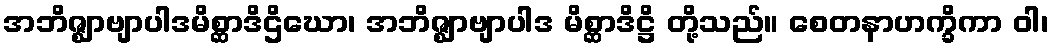
အဘိဇ္ဈာဗျာပါဒမိစ္ဆာဒိဌိဃော၊ အဘိဇ္ဈာဗျာပါဒ မိစ္ဆာဒိဋ္ဌိ တို့သည်။ စေတနာဟက္ခိကာ ဝါ၊